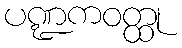
ပဏ္ဍကဝတ္ထု